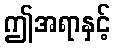
ဤအရာနှင့်